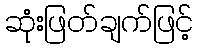
ဆုံးဖြတ်ချက်ဖြင့်